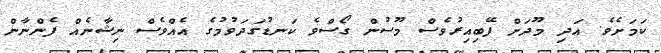
ކަމަށެވެ. އަދި މޫދަށް ފޭބިއިރުވެސް މޫސުން ގޯސްވެ ކަނޑުގަދަވުމުގެ އެއްވެސް ނިޝާނެއް ފެންނާން